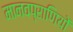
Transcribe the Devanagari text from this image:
मानवप्राणियों